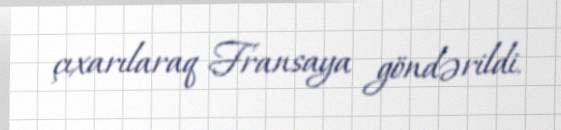
çıxarılaraq Fransaya göndərildi.